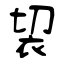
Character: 袃